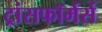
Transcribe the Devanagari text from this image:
ट्रांसफॉर्मर्स